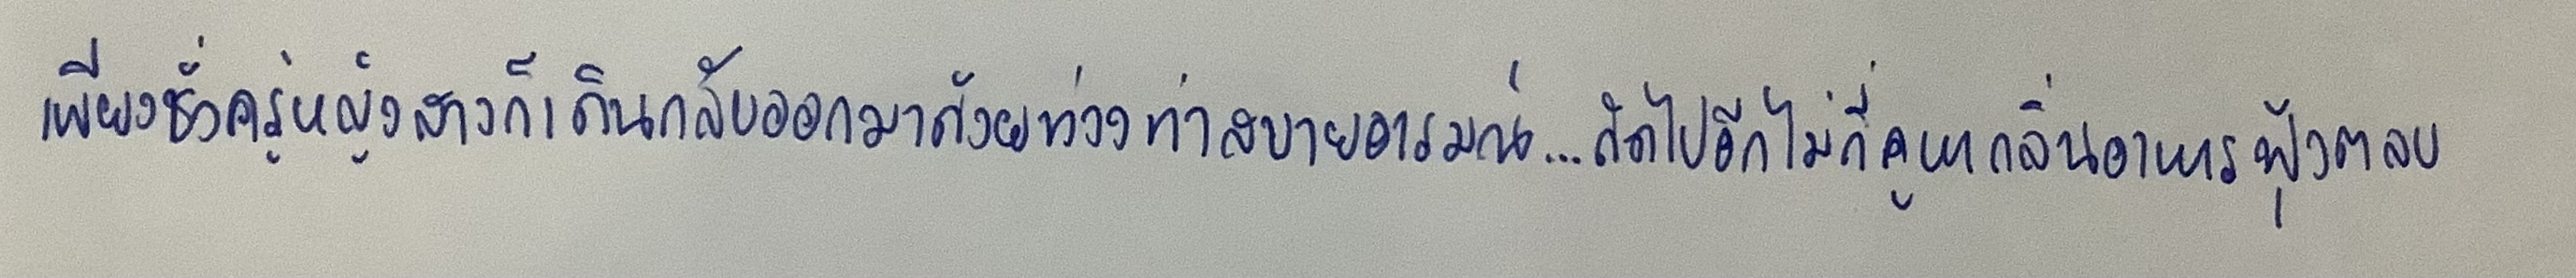
เพียงชั่วครู่หญิงสาวก็เดินกลับออกมาด้วยท่วงท่าสบายอารมณ์...ถัดไปอีกไม่กี่คูหากลิ่นอาหารฟุ้งตลบ